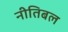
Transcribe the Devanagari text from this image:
नीतिबल